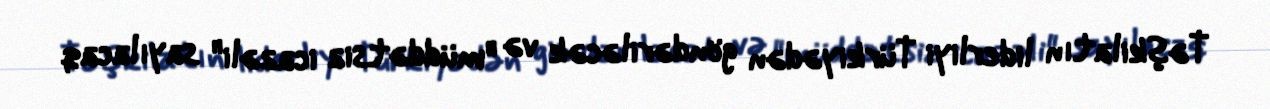
Təşkilatın liderliyi Türkiyədən göndəriləcək və "müddətsiz icazəli" sayılacaq